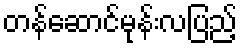
တန်ဆောင်မုန်းလပြည့်